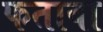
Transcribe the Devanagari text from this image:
फतावा